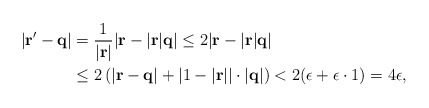
\begin{align*}|{\bf r'}-{\bf q}|&=\frac{1}{|{\bf r}|}|{\bf r}-|{\bf r}|{\bf q}|\leq 2|{\bf r}-|\bf{r}|{\bf q}| \\&\leq2\left(|{\bf r}-{\bf q}|+|1-|\bf {r}||\cdot|{\bf q}|\right)<2(\epsilon+\epsilon\cdot1)=4\epsilon,\end{align*}